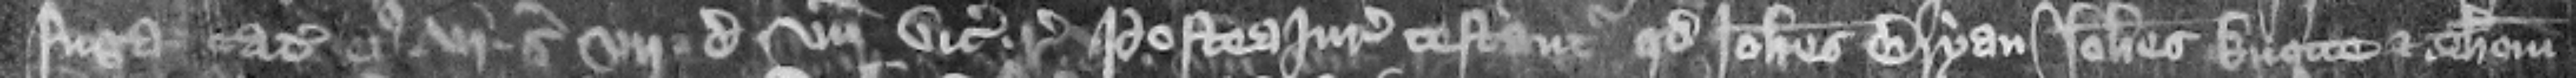
fuga catalla eius vj ser vij d vnde vicecomes reges Ido Postea iuratores testantur quod Iohannes Bryan Iohannes Knotte et Thomas